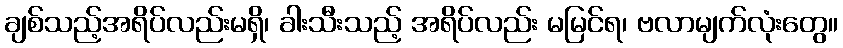
ချစ်သည့်အရိပ်လည်းမရှိ၊ ခါးသီးသည့် အရိပ်လည်း မမြင်ရ၊ ဗလာမျက်လုံးတွေ။